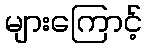
များကြောင့်